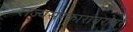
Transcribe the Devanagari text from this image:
राज्यसरकारांबरोबर